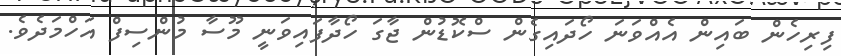
ފިރިހެން ބައިން އެއްވަނަ ހޯދައިގެން ސްކޮޑުން ޖާގަ ހޯދާފައިވަނީ މޫސާ މުންސިފް އަހްމަދެވެ.